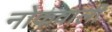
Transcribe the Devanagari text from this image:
नोकवाली